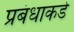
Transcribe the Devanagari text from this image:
प्रबंधाकडे